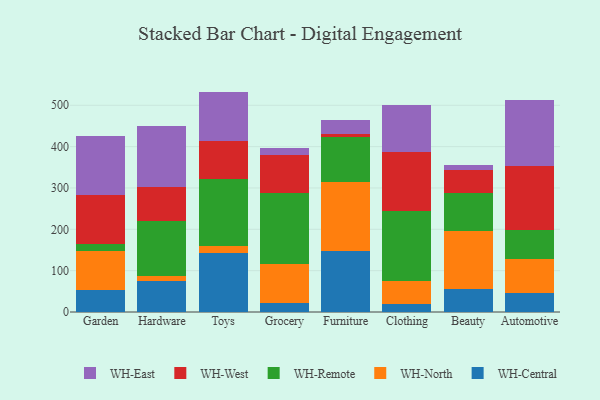
{"axis": {"x": "Category", "y": "Website Visitors"}, "legend": ["WH-Central", "WH-East", "WH-North", "WH-Remote", "WH-West"], "data": [{"x": "Garden", "y": 53.2, "type": "WH-Central"}, {"x": "Garden", "y": 94.0, "type": "WH-North"}, {"x": "Garden", "y": 17.7, "type": "WH-Remote"}, {"x": "Garden", "y": 117.1, "type": "WH-West"}, {"x": "Garden", "y": 144.1, "type": "WH-East"}, {"x": "Hardware", "y": 74.5, "type": "WH-Central"}, {"x": "Hardware", "y": 13.4, "type": "WH-North"}, {"x": "Hardware", "y": 133.3, "type": "WH-Remote"}, {"x": "Hardware", "y": 81.8, "type": "WH-West"}, {"x": "Hardware", "y": 146.4, "type": "WH-East"}, {"x": "Toys", "y": 143.6, "type": "WH-Central"}, {"x": "Toys", "y": 15.9, "type": "WH-North"}, {"x": "Toys", "y": 161.8, "type": "WH-Remote"}, {"x": "Toys", "y": 91.6, "type": "WH-West"}, {"x": "Toys", "y": 120.2, "type": "WH-East"}, {"x": "Grocery", "y": 21.6, "type": "WH-Central"}, {"x": "Grocery", "y": 95.7, "type": "WH-North"}, {"x": "Grocery", "y": 170.1, "type": "WH-Remote"}, {"x": "Grocery", "y": 91.6, "type": "WH-West"}, {"x": "Grocery", "y": 18.6, "type": "WH-East"}, {"x": "Furniture", "y": 146.4, "type": "WH-Central"}, {"x": "Furniture", "y": 167.0, "type": "WH-North"}, {"x": "Furniture", "y": 108.8, "type": "WH-Remote"}, {"x": "Furniture", "y": 8.3, "type": "WH-West"}, {"x": "Furniture", "y": 34.9, "type": "WH-East"}, {"x": "Clothing", "y": 19.5, "type": "WH-Central"}, {"x": "Clothing", "y": 54.5, "type": "WH-North"}, {"x": "Clothing", "y": 169.2, "type": "WH-Remote"}, {"x": "Clothing", "y": 144.6, "type": "WH-West"}, {"x": "Clothing", "y": 114.0, "type": "WH-East"}, {"x": "Beauty", "y": 55.8, "type": "WH-Central"}, {"x": "Beauty", "y": 139.2, "type": "WH-North"}, {"x": "Beauty", "y": 93.1, "type": "WH-Remote"}, {"x": "Beauty", "y": 54.8, "type": "WH-West"}, {"x": "Beauty", "y": 12.6, "type": "WH-East"}, {"x": "Automotive", "y": 46.0, "type": "WH-Central"}, {"x": "Automotive", "y": 81.4, "type": "WH-North"}, {"x": "Automotive", "y": 72.1, "type": "WH-Remote"}, {"x": "Automotive", "y": 153.1, "type": "WH-West"}, {"x": "Automotive", "y": 160.0, "type": "WH-East"}]}